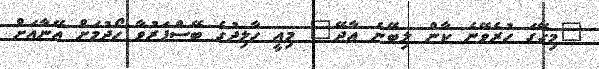
"މިގޭގަ ހުރެވޭނެ ކާން ލިބޭނެ އާދޭ" މިއީ ހާލިދުގެ ބޭސްފަރުވާ ހޯދުމަށް އޭނާއަށް